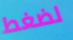
لضغط